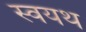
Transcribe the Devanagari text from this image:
स्वयथ